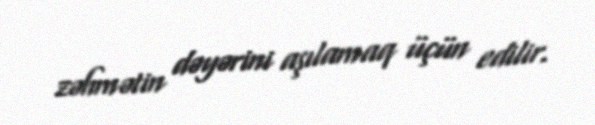
zəhmətin dəyərini aşılamaq üçün edilir.